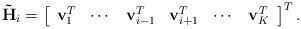
LaTeX: \begin{align*}{\mathbf{\tilde H}}_i = \left[ {\begin{array}{*{20}c} {{\mathbf{v}}_1^T } & \cdots & {{\mathbf{v}}_{i - 1}^T } & {{\mathbf{v}}_{i + 1}^T } & \cdots & {{\mathbf{v}}_K^T } \\ \end{array} } \right]^T.\end{align*}